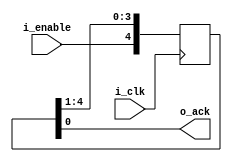
/*
 * Copyright (c) 2021, Marcos Medeiros
 * Licensed under BSD 3-clause.
 */
module pipeline_ctrl(
  input   i_clk,
  input   i_enable,
  output  o_ack
);
  parameter WIDTH = 4;
  reg [0:WIDTH] valid = 0;

  assign o_ack = valid[WIDTH];

  integer i;
  initial begin
    valid = 0;
  end
  
  always @(posedge i_clk)
  begin
    valid[0] <= i_enable;

    for (i = 1; i <= WIDTH; i = i+1)
      valid[i] <= valid[i - 1];
  
  end

endmodule